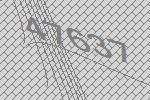
47637